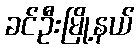
ခင်ဦးမြို့နယ်